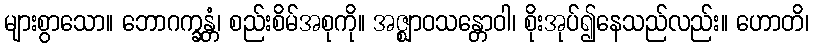
များစွာသော။ ဘောဂက္ခန္တံ၊ စည်းစိမ်အစုကို။ အဇ္ဈာဝသန္တောဝါ၊ စိုးအုပ်၍နေသည်လည်း။ ဟောတိ၊